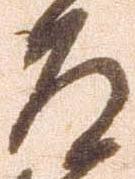
道